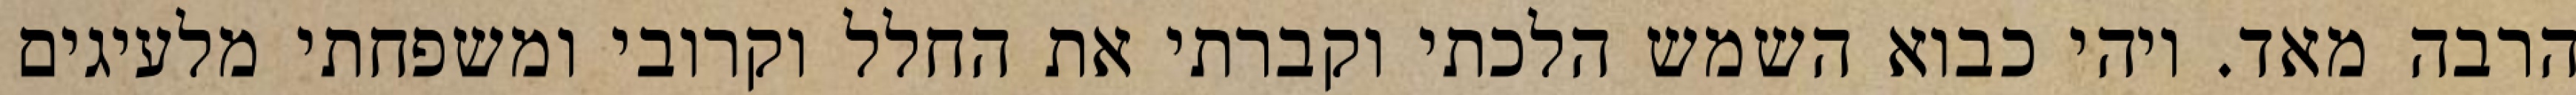
הרבה מאד. ויהי כבוא השמש הלכתי וקברתי את החלל וקרובי ומשפחתי מלעיגים